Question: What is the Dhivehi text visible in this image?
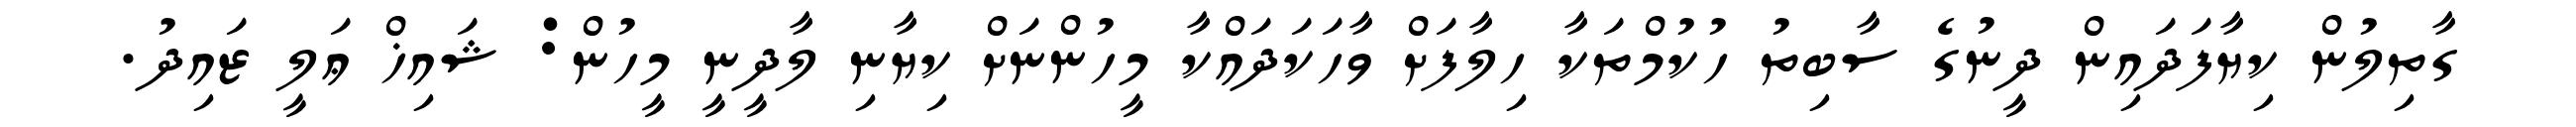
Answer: ގާތިލުން ކިޔާފަދައިން ދީނުގެ ސާބިތު ހުކުމްތަކާ ހިލާފަށް ވާހަކަދައްކާ މީހުންނަށް ކިޔާނި ލާދީނީ މީހުން: ޝައިޚް ޢަލީ ޒައިދު.